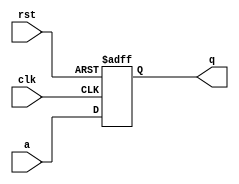
//parallel in parralel out Shift register

module pipo(clk,rst,a,q);

    input clk,rst;
    input[3:0]a;
    output[3:0]q;
    reg[3:0]q;

    always@(posedge clk,posedge rst)
    begin
        if (rst==1'b1)
            q<=4'b0000;
         else
            q<=a;
    end
endmodule